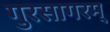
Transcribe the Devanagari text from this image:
गुरसागरम्